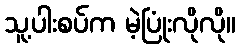
သူ့ပါးစပ်က မဲ့ပြုံးလိုလို။